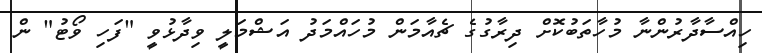
ހިއްސާދާރުންނާ މުހާތަބުކޮށް ދިރާގުގެ ޗެއާމަން މުހައްމަދު އަޝްމަލީ ވިދާޅުވީ "ފަހި ވޯޓު" ން